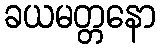
ခယမတ္တနော